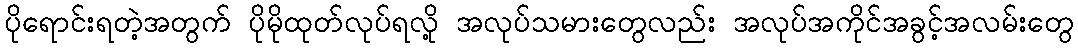
ပိုရောင်းရတဲ့အတွက် ပိုမိုထုတ်လုပ်ရလို့ အလုပ်သမားတွေလည်း အလုပ်အကိုင်အခွင့်အလမ်းတွေ